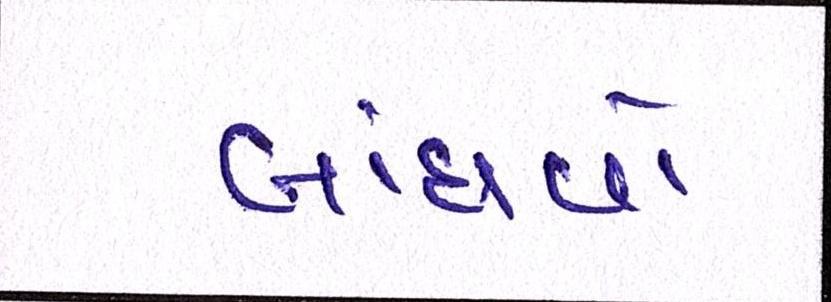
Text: બાંધવો